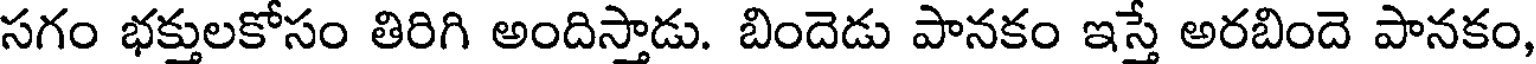
సగం భక్తులకోసం తిరిగి అందిస్తాడు. బిందెడు పానకం ఇస్తే అరబిందె పానకం,